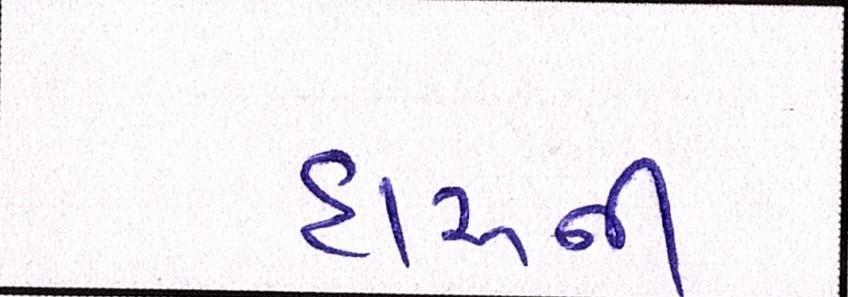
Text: દારૂની